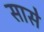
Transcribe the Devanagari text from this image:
सासे